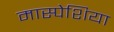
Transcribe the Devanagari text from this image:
मास्पेशिया